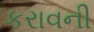
કરાવની